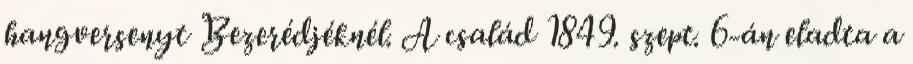
hangversenyt Bezerédjéknél. A család 1849. szept. 6-án eladta a